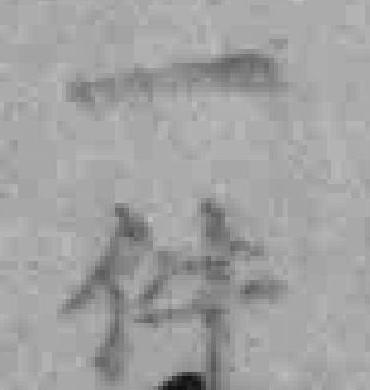
一件